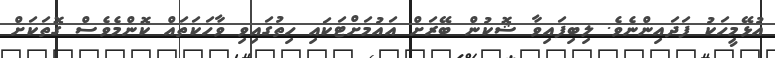
އުޅޭމީހަކު ފަދައިންނެވެ. ލިބިފައިވާ ޝޮކުން ބޭރަށް އައުމަށްޓަކައި ހިތުގައިވި ވާހަކަތައް ކޮންމެވެސް ގޮތަކަށް